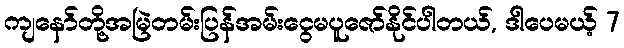
ကျနော်တို့အမြဲတမ်းပြန်အမ်းငွေမပူဇော်နိုင်ပါတယ်, ဒါပေမယ့် 7